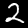
Label: 2